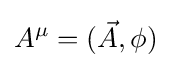
A^{\mu }=({\vec {A}},\phi )